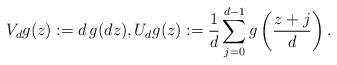
LaTeX: \begin{align*} V_d g (z) := d \, g(dz), U_d g (z) := \frac{1}{d} \sum_{j=0}^{d-1} g\left(\frac{z+j}{d}\right).\end{align*}